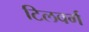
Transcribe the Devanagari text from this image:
टिलवर्ग